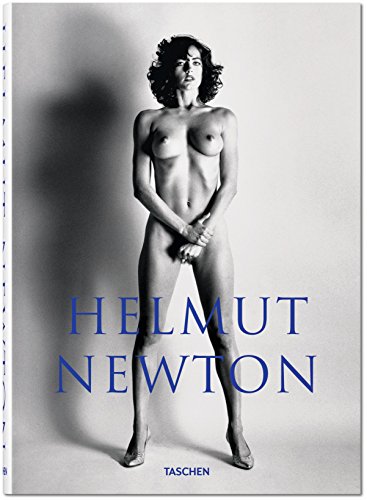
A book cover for Helmut Newton: SUMO, Revised by June Newton; Humor & Entertainment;